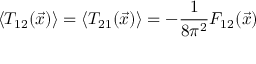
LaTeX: \left\langle T _ { 1 2 } ( \vec { x } ) \right\rangle = \left\langle T _ { 2 1 } ( \vec { x } ) \right\rangle = - \frac { 1 } { 8 \pi ^ { 2 } } F _ { 1 2 } ( \vec { x } )